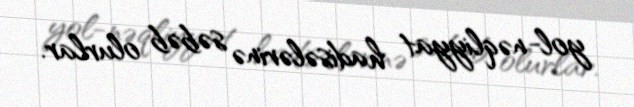
yol-nəqliyyat hadisələrinə səbəb olurlar.